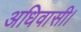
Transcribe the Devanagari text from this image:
अधिवासी।